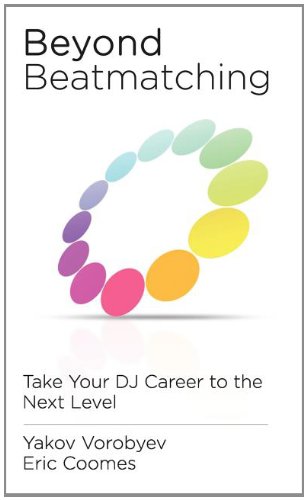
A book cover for Beyond Beatmatching: Take Your DJ Career to the Next Level; Yakov Vorobyev; Arts & Photography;